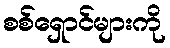
စစ်ရှောင်များကို